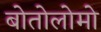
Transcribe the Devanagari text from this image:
बोतोलोमो